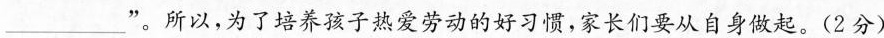
___”。所以，为了培养孩子热爱劳动的好习惯，家长们要从自身做起。(2分)